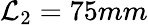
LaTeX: \mathcal{L}_{2}=75mm